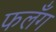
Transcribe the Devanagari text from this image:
फलँग